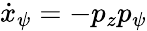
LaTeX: \dot{x}_{\psi}=-p_{z}p_{\psi}